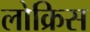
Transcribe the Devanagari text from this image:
लोक्रिस